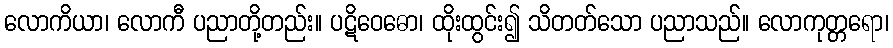
လောကိယာ၊ လောကီ ပညာတို့တည်း။ ပဋိဝေဓော၊ ထိုးထွင်း၍ သိတတ်သော ပညာသည်။ လောကုတ္တရော၊